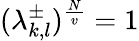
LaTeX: (\lambda_{k,l}^{\pm})^{\frac{N}{v}}=1